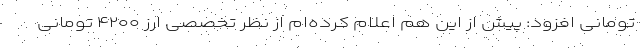
تومانی افزود: پیش از این هم اعلام کرده‌ام از نظر تخصصی ارز ۴۲۰۰ تومانی